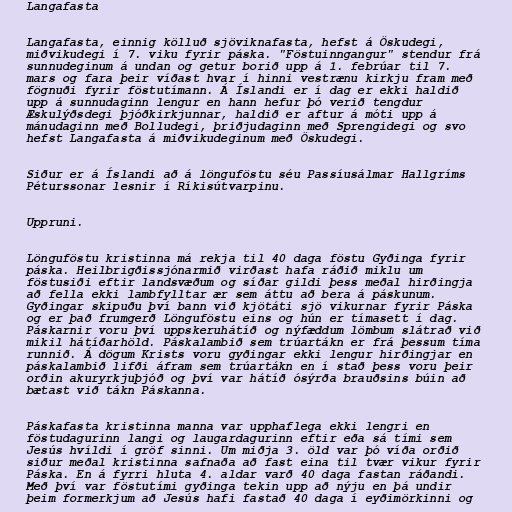
Langafasta

Langafasta, einnig kölluð sjöviknafasta, hefst á Öskudegi,
miðvikudegi í 7. viku fyrir páska. "Föstuinngangur" stendur frá
sunnudeginum á undan og getur borið upp á 1. febrúar til 7.
mars og fara þeir víðast hvar í hinni vestrænu kirkju fram með
fögnuði fyrir föstutímann. Á Íslandi er í dag er ekki haldið
upp á sunnudaginn lengur en hann hefur þó verið tengdur
Æskulýðsdegi þjóðkirkjunnar, haldið er aftur á móti upp á
mánudaginn með Bolludegi, þriðjudaginn með Sprengidegi og svo
hefst Langafasta á miðvikudeginum með Öskudegi.

Siður er á Íslandi að á lönguföstu séu Passíusálmar Hallgríms
Péturssonar lesnir í Ríkisútvarpinu.

Uppruni.

Lönguföstu kristinna má rekja til 40 daga föstu Gyðinga fyrir
páska. Heilbrigðissjónarmið virðast hafa ráðið miklu um
föstusiði eftir landsvæðum og síðar gildi þess meðal hirðingja
að fella ekki lambfylltar ær sem áttu að bera á páskunum.
Gyðingar skipuðu því bann við kjötáti sjö vikurnar fyrir Páska
og er það frumgerð Lönguföstu eins og hún er tímasett í dag.
Páskarnir voru því uppskeruhátíð og nýfæddum lömbum slátrað við
mikil hátíðarhöld. Páskalambið sem trúartákn er frá þessum tíma
runnið. Á dögum Krists voru gyðingar ekki lengur hirðingjar en
páskalambið lifði áfram sem trúartákn en í stað þess voru þeir
orðin akuryrkjuþjóð og því var hátíð ósýrða brauðsins búin að
bætast við tákn Páskanna.

Páskafasta kristinna manna var upphaflega ekki lengri en
föstudagurinn langi og laugardagurinn eftir eða sá tími sem
Jesús hvíldi í gröf sinni. Um miðja 3. öld var þó víða orðið
siður meðal kristinna safnaða að fast eina til tvær vikur fyrir
Páska. En á fyrri hluta 4. aldar varð 40 daga fastan ráðandi.
Með því var föstutími gyðinga tekin upp að nýju en þá undir
þeim formerkjum að Jesús hafi fastað 40 daga í eyðimörkinni og